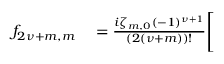
\begin{array} { r l } { f _ { 2 { \nu } + m , m } } & { { } = \frac { i \zeta _ { m , 0 } ( - 1 ) ^ { { \nu } + 1 } } { ( 2 ( { \nu } + m ) ) ! } \Bigg [ } \end{array}